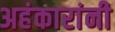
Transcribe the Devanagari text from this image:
अहंकारांनी